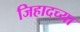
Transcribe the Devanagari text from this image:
जिहादच्या